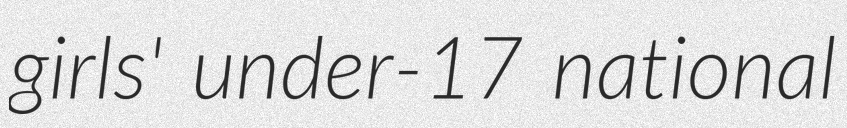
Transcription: girls' under-17 national